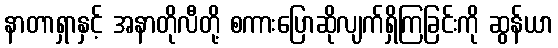
နာတာရှာနှင့် အနာတိုလီတို့ စကားပြောဆိုလျက်ရှိကြခြင်းကို ဆွန်ယာ